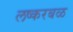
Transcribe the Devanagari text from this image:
लष्करबळ